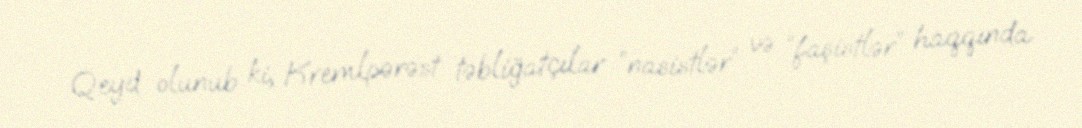
Qeyd olunub ki, Kremlpərəst təbliğatçılar “nasistlər” və “faşistlər” haqqında